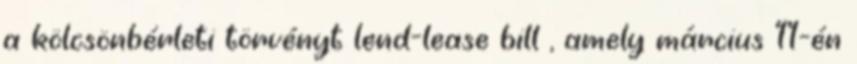
a kölcsönbérleti törvényt lend-lease bill , amely március 11-én